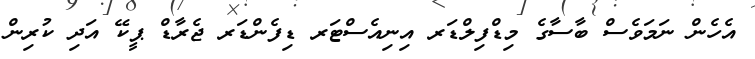
އެހެން ނަމަވެސް ބާސާގެ މިޑްފިލްޑަރ އިނިއެސްޓަރ ޑިފެންޑަރ ޖެރާޑް ޕީކޭ އަދި ކުރިން